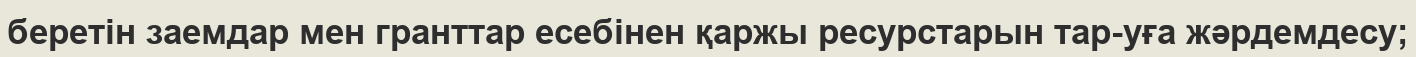
беретін заемдар мен гранттар есебінен қаржы ресурстарын тар-уға жәрдемдесу;